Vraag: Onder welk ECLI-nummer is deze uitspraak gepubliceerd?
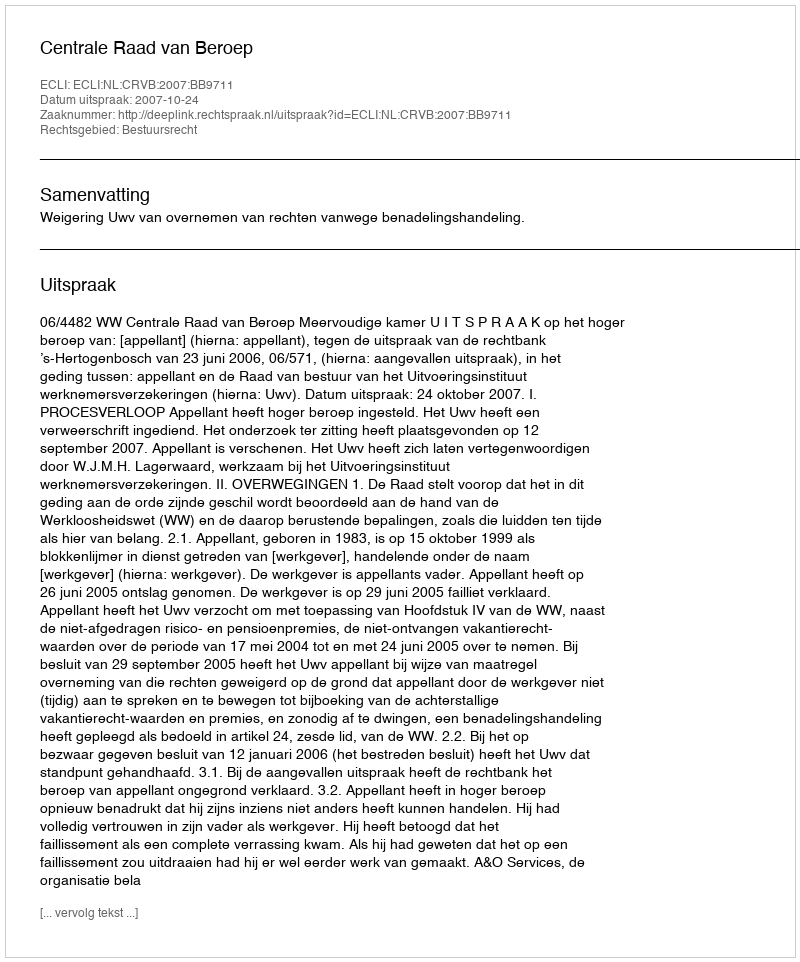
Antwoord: ECLI:NL:CRVB:2007:BB9711